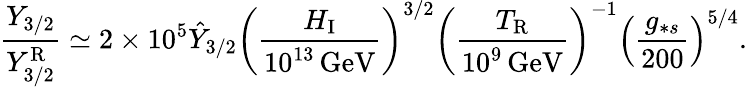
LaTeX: \frac{Y_{3/2}}{Y_{3/2}^{\mathrm{R}}}\simeq 2\times 10^{5}\hat{Y}_{3/2}\left(\frac{H_{\mathrm{I}}}{10^{13}\, \mathrm{GeV}}\right)^{3/2}\left(\frac{T_{\mathrm{R}}}{10^{9}\, \mathrm{GeV}}\right)^{-1}\left(\frac{g_{\ast s}}{200}\right)^{5/4}.